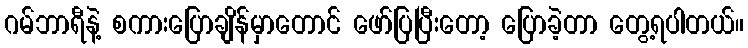
ဂမ်ဘာရီနဲ့ စကားပြောချိန်မှာတောင် ဖော်ပြပြီးတော့ ပြောခဲ့တာ တွေ့ရပါတယ်။